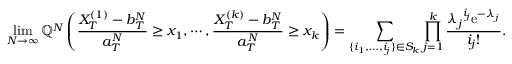
\operatorname* { l i m } _ { N \to \infty } { \mathbb Q } ^ { N } \left( \frac { X _ { T } ^ { ( 1 ) } - b _ { T } ^ { N } } { a _ { T } ^ { N } } \geq x _ { 1 } , \cdots , \frac { X _ { T } ^ { ( k ) } - b _ { T } ^ { N } } { a _ { T } ^ { N } } \geq x _ { k } \right) = \sum _ { \{ i _ { 1 } , \ldots , i _ { j } \} \in S _ { k } } \prod _ { j = 1 } ^ { k } \frac { { \lambda _ { j } } ^ { i _ { j } } \mathrm { e } ^ { - \lambda _ { j } } } { i _ { j } ! } .